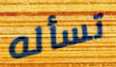
تسأله